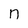
Character: n